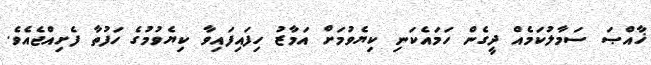
ޚާއްޞަ ސަމާލުކަމެއް ދީގެން ހަމައެކަނި ކިޔެވުމަށް އަމާޒު ހިފައިފައިވާ ކިޔެވުމުގެ ހަފުތާ ފެށިއްޖެއެވެ.